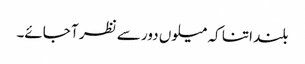
بلند اتنا کہ میلوں دور سے نظر آ جائے۔